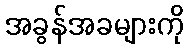
အခွန်အခများကို